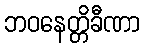
ဘဝနေတ္တိခီဏာ